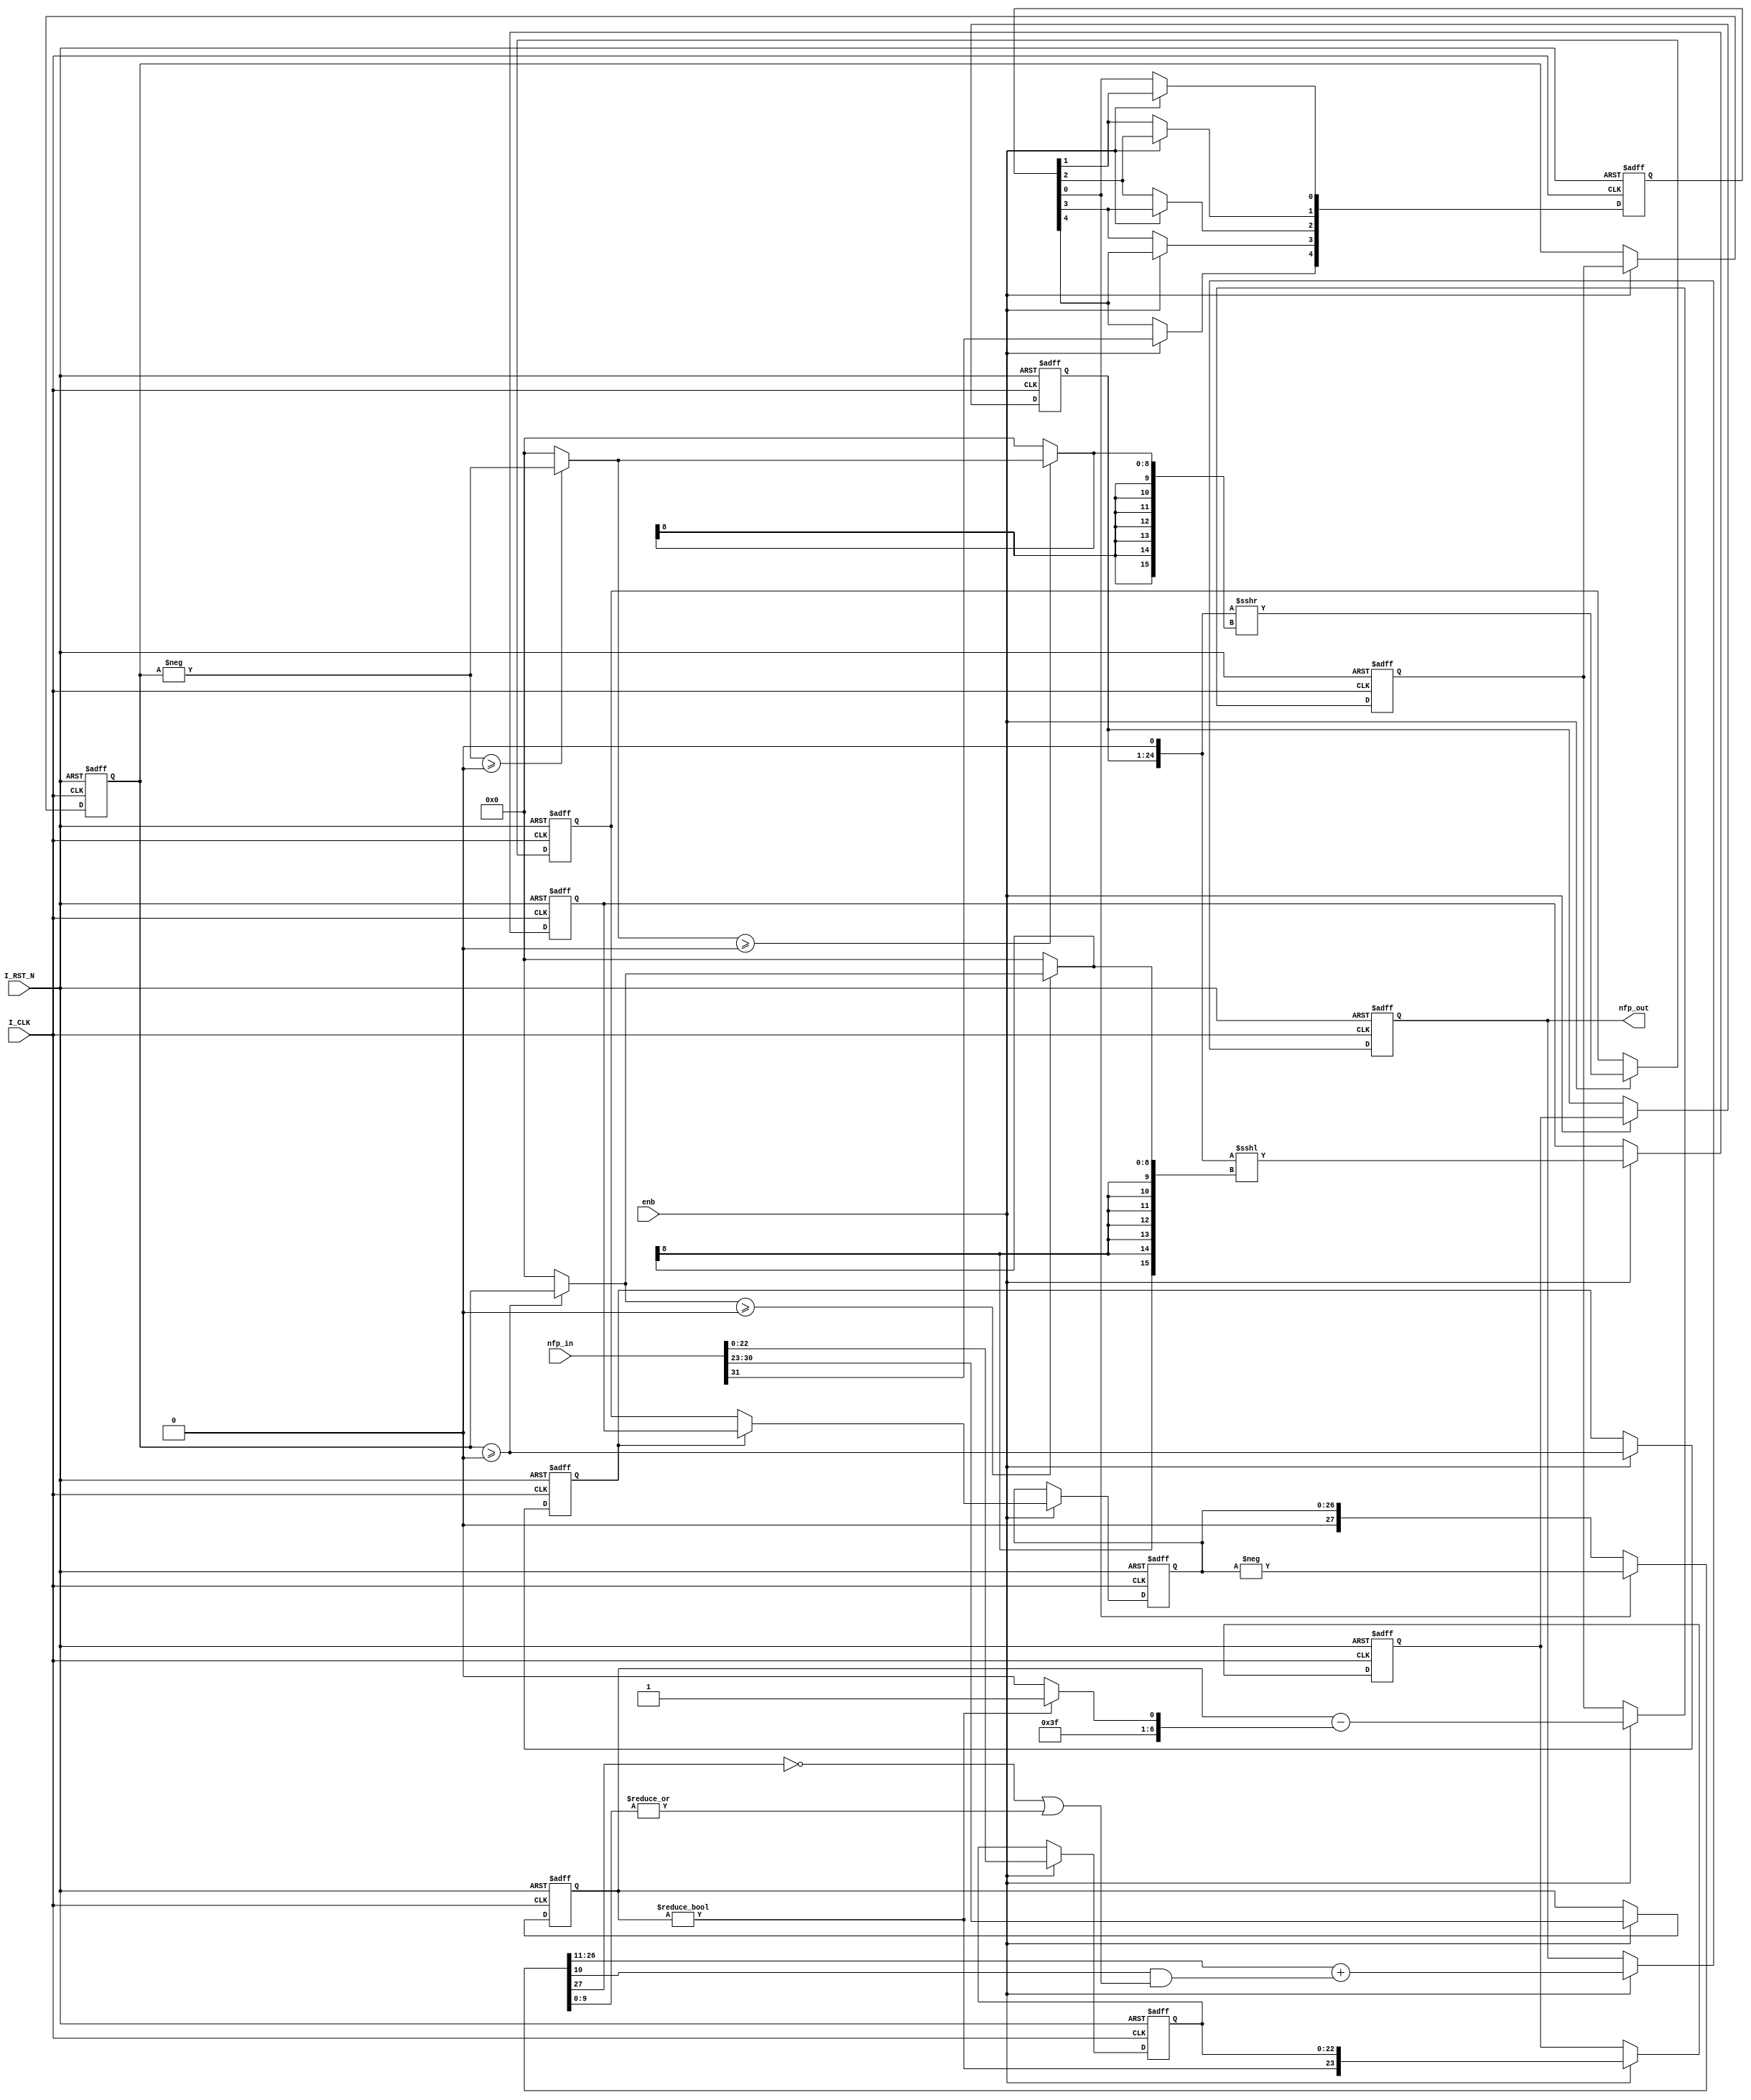
// -------------------------------------------------------------
// 
// 
// Generated by MATLAB 9.12 and HDL Coder 3.20
// 
// -------------------------------------------------------------


// -------------------------------------------------------------
// 
// Module: nfp_convert_single_to_sfix_16_En13
// Source Path: Fixed/CALC_MAGNITUDE_AND_PHASE_FIXED_POINT/nfp_convert_single_to_sfix_16_En13
// Hierarchy Level: 1
// 
// {Latency Strategy = "Max"}
// 
// {Rounding Mode = Round}
// {Overflow Mode = Wrap}
// 
// -------------------------------------------------------------

`timescale 1 ns / 1 ns

module nfp_convert_single_to_sfix_16_En13
          (I_CLK,
           I_RST_N,
           enb,
           nfp_in,
           nfp_out);


  input   I_CLK;
  input   I_RST_N;
  input   enb;
  input   [31:0] nfp_in;  // ufix32
  output  signed [15:0] nfp_out;  // sfix16_En13


  wire In1;  // ufix1
  wire [7:0] In2;  // ufix8
  wire [22:0] In3;  // ufix23
  reg  [0:4] Delay10_reg;  // ufix1 [5]
  wire [0:4] Delay10_reg_next;  // ufix1 [5]
  wire Delay10_out1;
  reg [7:0] Delay3_out1;  // uint8
  wire Compare_To_Zero1_out1;
  wire [7:0] Constant3_out1;  // uint8
  wire [7:0] Constant2_out1;  // uint8
  wire [7:0] Switch2_out1;  // uint8
  wire signed [8:0] Add_1;  // sfix9
  wire signed [8:0] Add_2;  // sfix9
  wire signed [8:0] alphave;  // sfix9
  reg signed [8:0] Delay1_reg [0:1];  // sfix9 [2]
  wire signed [8:0] Delay1_reg_next [0:1];  // sfix9 [2]
  wire signed [8:0] Delay1_out1;  // sfix9
  wire equality;
  reg  Delay5_out1;
  wire Compare_To_Zero_out1;
  reg [22:0] Delay4_out1;  // ufix23
  wire [23:0] Bit_Concat_out1;  // ufix24
  wire [23:0] Data_Type_Conversion1_out1;  // ufix24_En23
  reg [23:0] Delay2_reg [0:1];  // ufix24 [2]
  wire [23:0] Delay2_reg_next [0:1];  // ufix24_En23 [2]
  wire [23:0] Delay2_out1;  // ufix24_En23
  wire signed [9:0] Unary_Minus_in0;  // sfix10
  wire signed [9:0] Unary_Minus_1;  // sfix10
  wire signed [8:0] alphave_1;  // sfix9
  wire signed [8:0] shift_arithmetic1_zerosig;  // sfix9
  wire signed [8:0] shift_arithmetic1_selsig;  // sfix9
  wire [26:0] Data_Type_Conversion_out1;  // ufix27_En24
  wire signed [8:0] dynamic_shift_zerosig;  // sfix9
  wire signed [8:0] dynamic_shift_selsig;  // sfix9
  wire signed [15:0] dynamic_shift_cast;  // int16
  wire [26:0] Shift_Arithmetic1_out1;  // ufix27_En24
  reg [26:0] Delay4_out1_1;  // ufix27_En24
  wire signed [8:0] shift_arithmetic2_zerosig;  // sfix9
  wire signed [8:0] shift_arithmetic2_selsig;  // sfix9
  wire [26:0] Data_Type_Conversion1_out1_1;  // ufix27_En24
  wire signed [8:0] dynamic_shift_zerosig_1;  // sfix9
  wire signed [8:0] dynamic_shift_selsig_1;  // sfix9
  wire signed [15:0] dynamic_shift_cast_1;  // int16
  wire [26:0] Shift_Arithmetic2_out1;  // ufix27_En24
  reg [26:0] Delay6_out1;  // ufix27_En24
  wire [26:0] Switch1_out1;  // ufix27_En24
  reg [26:0] Delay9_out1;  // ufix27_En24
  wire signed [27:0] Data_Type_Conversion1_out1_2;  // sfix28_En24
  wire signed [28:0] Unary_Minus_cast;  // sfix29_En24
  wire signed [28:0] Unary_Minus_cast_1;  // sfix29_En24
  wire signed [27:0] Unary_Minus_out1;  // sfix28_En24
  wire signed [27:0] Switch1_out1_1;  // sfix28_En24
  wire signed [15:0] Data_Type_Conversion2_out1;  // sfix16_En13
  reg signed [15:0] Delay8_out1;  // sfix16_En13


  // Split 32 bit word into FP sign, exponent, mantissa
  assign In1 = nfp_in[31];
  assign In2 = nfp_in[30:23];
  assign In3 = nfp_in[22:0];



  always @(posedge I_CLK or negedge I_RST_N)
    begin : Delay10_process
      if (I_RST_N == 1'b0) begin
        Delay10_reg[0] <= 1'b0;
        Delay10_reg[1] <= 1'b0;
        Delay10_reg[2] <= 1'b0;
        Delay10_reg[3] <= 1'b0;
        Delay10_reg[4] <= 1'b0;
      end
      else begin
        if (enb) begin
          Delay10_reg[0] <= Delay10_reg_next[0];
          Delay10_reg[1] <= Delay10_reg_next[1];
          Delay10_reg[2] <= Delay10_reg_next[2];
          Delay10_reg[3] <= Delay10_reg_next[3];
          Delay10_reg[4] <= Delay10_reg_next[4];
        end
      end
    end

  assign Delay10_out1 = Delay10_reg[4];
  assign Delay10_reg_next[0] = In1;
  assign Delay10_reg_next[1] = Delay10_reg[0];
  assign Delay10_reg_next[2] = Delay10_reg[1];
  assign Delay10_reg_next[3] = Delay10_reg[2];
  assign Delay10_reg_next[4] = Delay10_reg[3];



  always @(posedge I_CLK or negedge I_RST_N)
    begin : Delay3_process
      if (I_RST_N == 1'b0) begin
        Delay3_out1 <= 8'b00000000;
      end
      else begin
        if (enb) begin
          Delay3_out1 <= In2;
        end
      end
    end



  assign Compare_To_Zero1_out1 = Delay3_out1 != 8'b00000000;



  assign Constant3_out1 = 8'b01111110;



  assign Constant2_out1 = 8'b01111111;



  assign Switch2_out1 = (Compare_To_Zero1_out1 == 1'b0 ? Constant3_out1 :
              Constant2_out1);



  assign Add_1 = {1'b0, Delay3_out1};
  assign Add_2 = {1'b0, Switch2_out1};
  assign alphave = Add_1 - Add_2;



  always @(posedge I_CLK or negedge I_RST_N)
    begin : Delay1_process
      if (I_RST_N == 1'b0) begin
        Delay1_reg[0] <= 9'sb000000000;
        Delay1_reg[1] <= 9'sb000000000;
      end
      else begin
        if (enb) begin
          Delay1_reg[0] <= Delay1_reg_next[0];
          Delay1_reg[1] <= Delay1_reg_next[1];
        end
      end
    end

  assign Delay1_out1 = Delay1_reg[1];
  assign Delay1_reg_next[0] = alphave;
  assign Delay1_reg_next[1] = Delay1_reg[0];



  assign equality = Delay1_out1 >= 9'sb000000000;



  always @(posedge I_CLK or negedge I_RST_N)
    begin : Delay5_process
      if (I_RST_N == 1'b0) begin
        Delay5_out1 <= 1'b0;
      end
      else begin
        if (enb) begin
          Delay5_out1 <= equality;
        end
      end
    end



  assign Compare_To_Zero_out1 = Delay3_out1 != 8'b00000000;



  always @(posedge I_CLK or negedge I_RST_N)
    begin : Delay4_process
      if (I_RST_N == 1'b0) begin
        Delay4_out1 <= 23'b00000000000000000000000;
      end
      else begin
        if (enb) begin
          Delay4_out1 <= In3;
        end
      end
    end



  assign Bit_Concat_out1 = {Compare_To_Zero_out1, Delay4_out1};



  assign Data_Type_Conversion1_out1 = Bit_Concat_out1;



  always @(posedge I_CLK or negedge I_RST_N)
    begin : Delay2_process
      if (I_RST_N == 1'b0) begin
        Delay2_reg[0] <= 24'b000000000000000000000000;
        Delay2_reg[1] <= 24'b000000000000000000000000;
      end
      else begin
        if (enb) begin
          Delay2_reg[0] <= Delay2_reg_next[0];
          Delay2_reg[1] <= Delay2_reg_next[1];
        end
      end
    end

  assign Delay2_out1 = Delay2_reg[1];
  assign Delay2_reg_next[0] = Data_Type_Conversion1_out1;
  assign Delay2_reg_next[1] = Delay2_reg[0];



  assign Unary_Minus_1 = {Delay1_out1[8], Delay1_out1};
  assign Unary_Minus_in0 =  - (Unary_Minus_1);
  assign alphave_1 = Unary_Minus_in0[8:0];



  assign shift_arithmetic1_zerosig = 9'sb000000000;



  assign shift_arithmetic1_selsig = (alphave_1 >= shift_arithmetic1_zerosig ? alphave_1 :
              shift_arithmetic1_zerosig);



  assign Data_Type_Conversion_out1 = {2'b0, {Delay2_out1, 1'b0}};



  assign dynamic_shift_zerosig = 9'sb000000000;



  assign dynamic_shift_selsig = (shift_arithmetic1_selsig >= dynamic_shift_zerosig ? shift_arithmetic1_selsig :
              dynamic_shift_zerosig);



  assign dynamic_shift_cast = {{7{dynamic_shift_selsig[8]}}, dynamic_shift_selsig};
  assign Shift_Arithmetic1_out1 = Data_Type_Conversion_out1 >>> dynamic_shift_cast;



  always @(posedge I_CLK or negedge I_RST_N)
    begin : Delay4_1_process
      if (I_RST_N == 1'b0) begin
        Delay4_out1_1 <= 27'b000000000000000000000000000;
      end
      else begin
        if (enb) begin
          Delay4_out1_1 <= Shift_Arithmetic1_out1;
        end
      end
    end



  assign shift_arithmetic2_zerosig = 9'sb000000000;



  assign shift_arithmetic2_selsig = (Delay1_out1 >= shift_arithmetic2_zerosig ? Delay1_out1 :
              shift_arithmetic2_zerosig);



  assign Data_Type_Conversion1_out1_1 = {2'b0, {Delay2_out1, 1'b0}};



  assign dynamic_shift_zerosig_1 = 9'sb000000000;



  assign dynamic_shift_selsig_1 = (shift_arithmetic2_selsig >= dynamic_shift_zerosig_1 ? shift_arithmetic2_selsig :
              dynamic_shift_zerosig_1);



  assign dynamic_shift_cast_1 = {{7{dynamic_shift_selsig_1[8]}}, dynamic_shift_selsig_1};
  assign Shift_Arithmetic2_out1 = Data_Type_Conversion1_out1_1 <<< dynamic_shift_cast_1;



  always @(posedge I_CLK or negedge I_RST_N)
    begin : Delay6_process
      if (I_RST_N == 1'b0) begin
        Delay6_out1 <= 27'b000000000000000000000000000;
      end
      else begin
        if (enb) begin
          Delay6_out1 <= Shift_Arithmetic2_out1;
        end
      end
    end



  assign Switch1_out1 = (Delay5_out1 == 1'b0 ? Delay4_out1_1 :
              Delay6_out1);



  always @(posedge I_CLK or negedge I_RST_N)
    begin : Delay9_process
      if (I_RST_N == 1'b0) begin
        Delay9_out1 <= 27'b000000000000000000000000000;
      end
      else begin
        if (enb) begin
          Delay9_out1 <= Switch1_out1;
        end
      end
    end



  assign Data_Type_Conversion1_out1_2 = {1'b0, Delay9_out1};



  assign Unary_Minus_cast = {Data_Type_Conversion1_out1_2[27], Data_Type_Conversion1_out1_2};
  assign Unary_Minus_cast_1 =  - (Unary_Minus_cast);
  assign Unary_Minus_out1 = Unary_Minus_cast_1[27:0];



  assign Switch1_out1_1 = (Delay10_out1 == 1'b0 ? Data_Type_Conversion1_out1_2 :
              Unary_Minus_out1);



  assign Data_Type_Conversion2_out1 = Switch1_out1_1[26:11] + $signed({1'b0, Switch1_out1_1[10] & (( ~ Switch1_out1_1[27]) | (|Switch1_out1_1[9:0]))});



  always @(posedge I_CLK or negedge I_RST_N)
    begin : Delay8_process
      if (I_RST_N == 1'b0) begin
        Delay8_out1 <= 16'sb0000000000000000;
      end
      else begin
        if (enb) begin
          Delay8_out1 <= Data_Type_Conversion2_out1;
        end
      end
    end



  assign nfp_out = Delay8_out1;

endmodule  // nfp_convert_single_to_sfix_16_En13